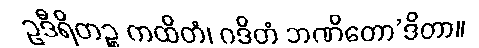
ဥဒီရိတဉ္စ ကထိတံ၊ ဂဒိတံ ဘဏိတော’ဒိတာ။